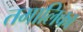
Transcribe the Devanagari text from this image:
तमालिका